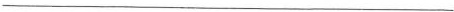
___